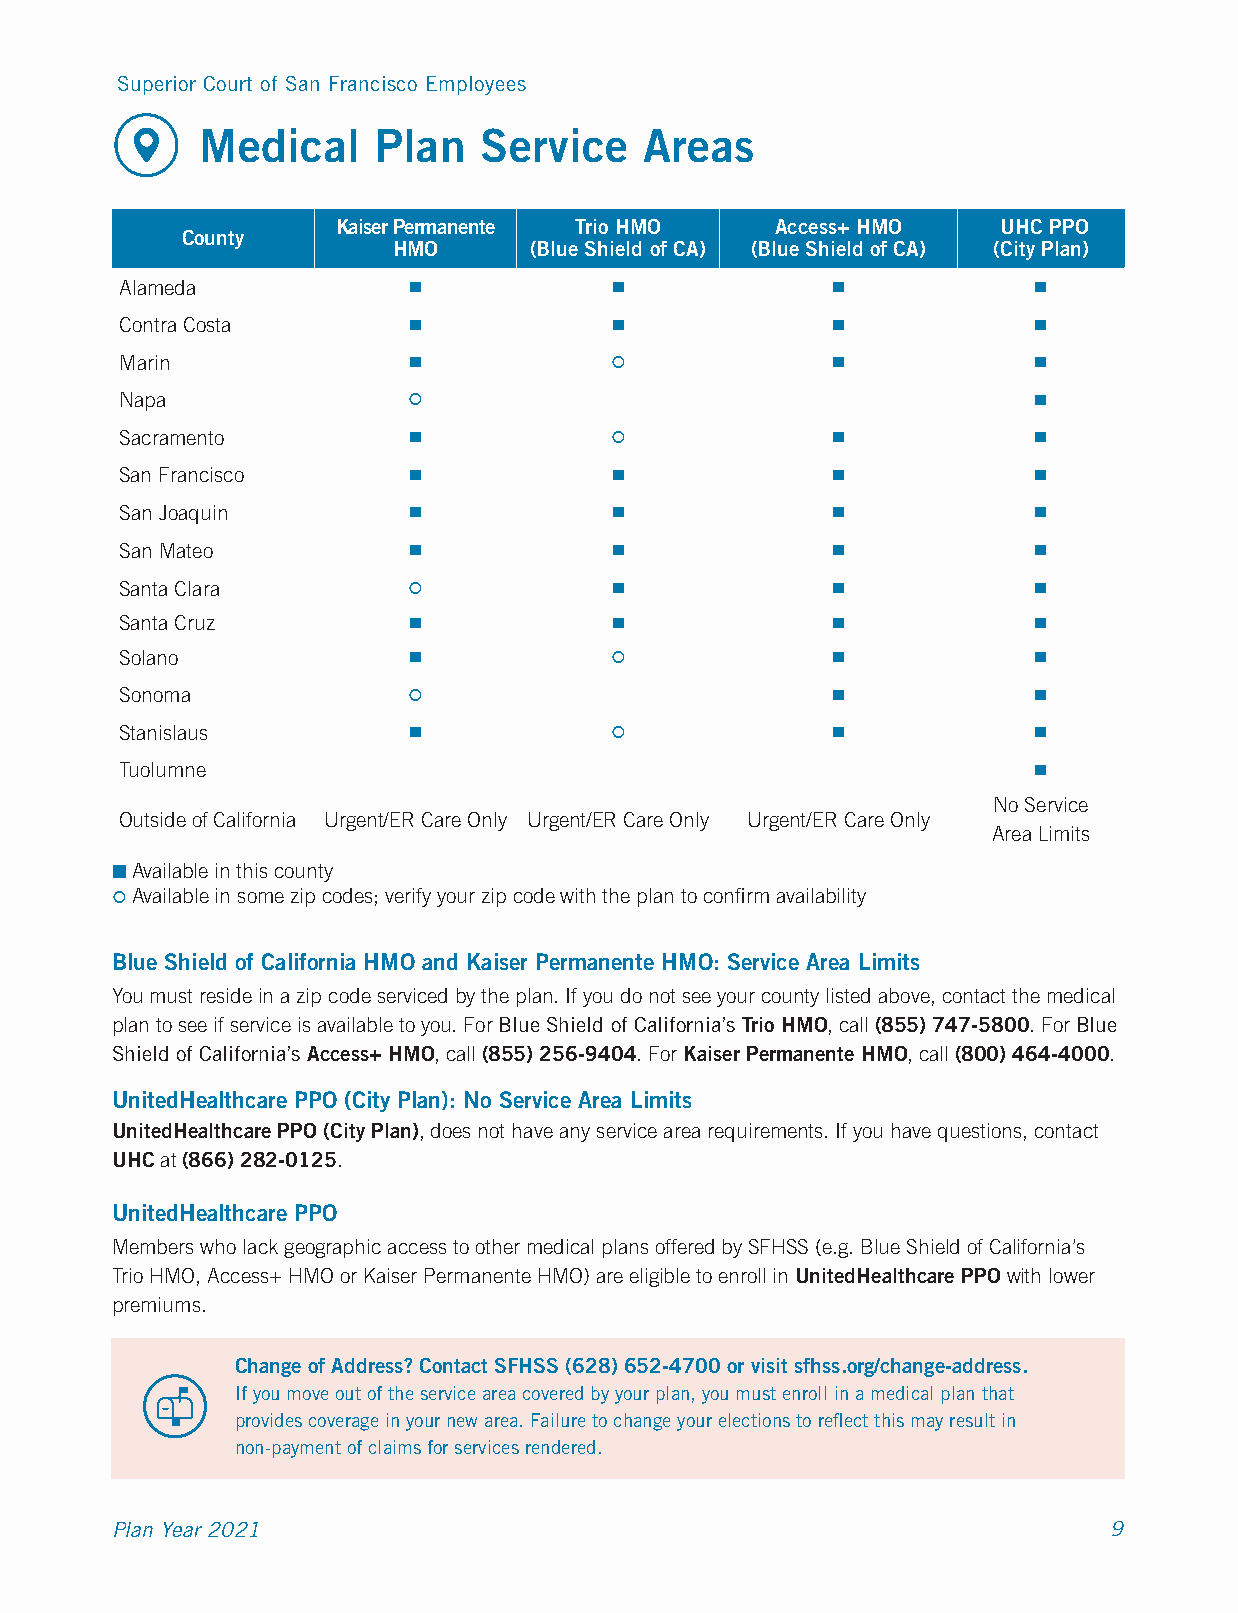
Superior Court of San Francisco Employees
 Medical     Plan   Service    Areas
 Kaiser Permanente Trio HMO   Access+ HMO    UHC PPO
 County
 HMO      (Blue Shield of CA) (Blue Shield of CA) (City Plan)
 Alameda            ■             ■             ■             ■
 Contra Costa       ■             ■             ■             ■
 Marin              ■                          ■             ■
 Napa                                                        ■
 Sacramento         ■                          ■             ■
 San Francisco      ■             ■             ■             ■
 San Joaquin        ■             ■             ■             ■
 San Mateo          ■             ■             ■             ■
 Santa Clara                     ■             ■             ■
 Santa Cruz         ■             ■             ■             ■
 Solano             ■                          ■             ■
 Sonoma                                        ■             ■
 Stanislaus         ■                          ■             ■
 Tuolumne                                                     ■
 No Service
 Outside of California Urgent/ER Care Only Urgent/ER Care Only Urgent/ER Care Only
 Area Limits
 ■ Available in this county
  Available in some zip codes; verify your zip code with the plan to confirm availability
 Blue Shield of California HMO and Kaiser Permanente HMO: Service Area Limits
 You must reside in a zip code serviced by the plan. If you do not see your county listed above, contact the medical
 plan to see if service is available to you. For Blue Shield of California’s Trio HMO, call (855) 747-5800. For Blue
 Shield of California’s Access+ HMO, call (855) 256-9404. For Kaiser Permanente HMO, call (800) 464-4000.
 UnitedHealthcare PPO (City Plan): No Service Area Limits
 UnitedHealthcare PPO (City Plan), does not have any service area requirements. If you have questions, contact
 UHC at (866) 282-0125.
 UnitedHealthcare PPO
 Members who lack geographic access to other medical plans offered by SFHSS (e.g. Blue Shield of California’s
 Trio HMO, Access+ HMO or Kaiser Permanente HMO) are eligible to enroll in UnitedHealthcare PPO with lower
 premiums.
 Change of Address? Contact SFHSS (628) 652-4700 or visit sfhss.org/change-address.
 If you move out of the service area covered by your plan, you must enroll in a medical plan that
 provides coverage in your new area. Failure to change your elections to reflect this may result in
 non-payment of claims for services rendered.
 Plan Year 2021                                                    9